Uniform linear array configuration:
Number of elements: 8
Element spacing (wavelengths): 0.75
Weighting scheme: blackman
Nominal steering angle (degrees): -45
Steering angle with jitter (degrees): -44.301
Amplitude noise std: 0.05
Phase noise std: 0.05

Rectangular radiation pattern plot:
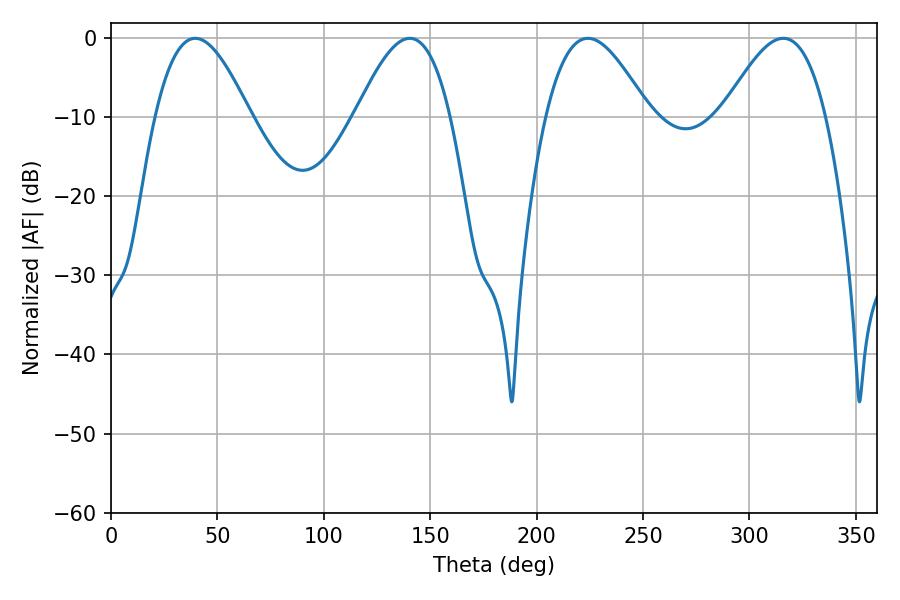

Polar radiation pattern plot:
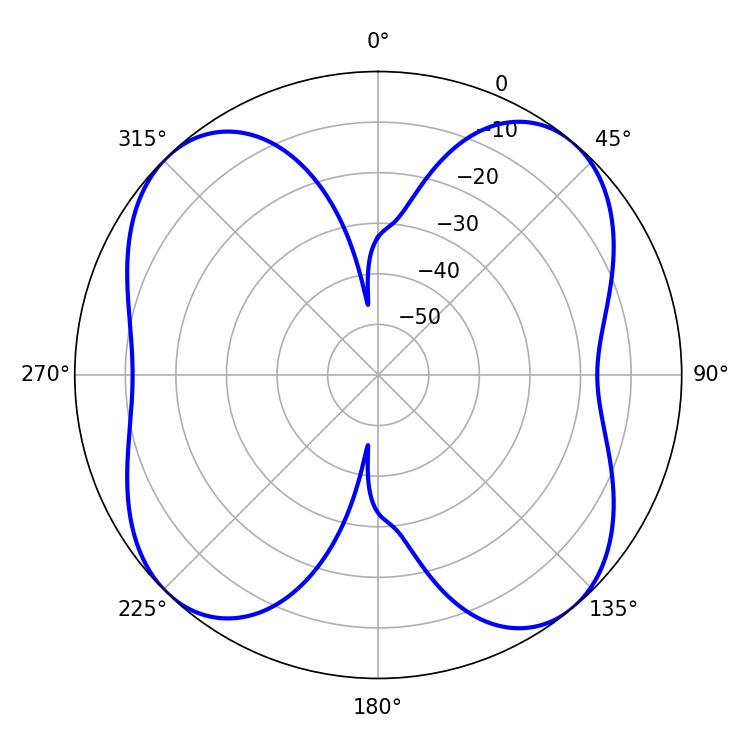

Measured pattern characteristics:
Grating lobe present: TRUE
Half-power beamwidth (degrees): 26.1
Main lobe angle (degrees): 224.1